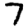
Digit: 7